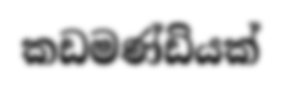
කඩමණ්ඩියක්